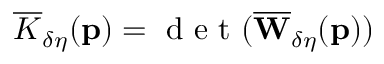
\overline { { K } } _ { \delta \eta } ( \mathbf { p } ) = \mathrm { ~ d ~ e ~ t ~ } ( \overline { { \mathbf { W } } } _ { \delta \eta } ( \mathbf { p } ) )